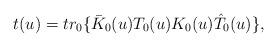
LaTeX: \begin{align*}t(u)= tr_0 \{ \bar{K}_0(u)T_0(u) K_0(u) \hat{T}_0 (u)\}, \end{align*}